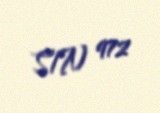
S/N 972